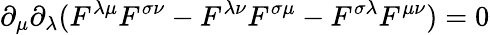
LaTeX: \partial_{\mu}\partial_{\lambda}(F^{\lambda\mu}F^{\sigma\nu}-F^{\lambda\nu}F^{\sigma\mu}-F^{\sigma\lambda}F^{\mu\nu})=0